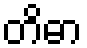
တိဓာ